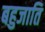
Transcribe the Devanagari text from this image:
बहुजाति